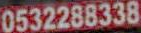
0532288338